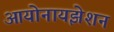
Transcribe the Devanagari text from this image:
आयोनायझेशन